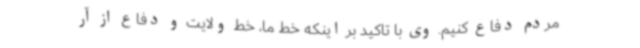
مردم دفاع کنیم. وی با تاکید بر اینکه خط ما، خط ولایت و دفاع از آر